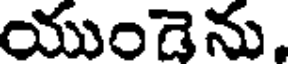
యుండెను,